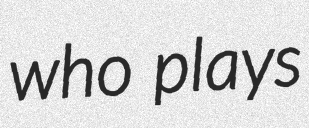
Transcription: who plays